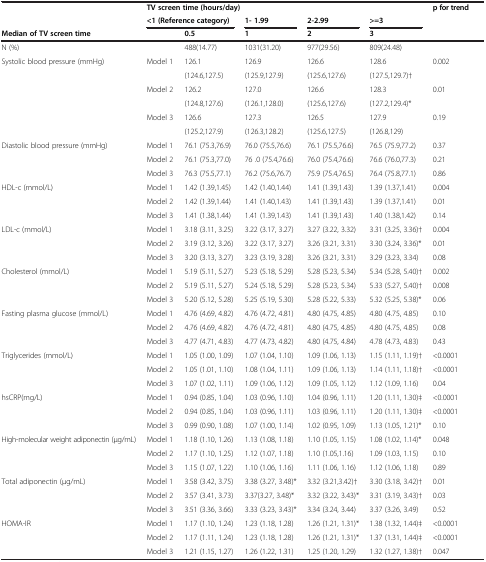
<table><thead><tr><td><b> </b></td><td colspan="2"><b>TV screen time (hours/day)</b></td><td><b> </b></td><td><b> </b></td><td><b> </b></td><td><b>p for trend</b></td></tr><tr><td><b> </b></td><td colspan="2"><b>&lt;1 (Reference category)</b></td><td><b>1- 1.99</b></td><td><b>2-2.99</b></td><td><b>&gt;=3</b></td><td><b> </b></td></tr><tr><td colspan="2"><b>Median of TV screen time</b></td><td><b>0.5</b></td><td><b>1</b></td><td><b>2</b></td><td><b>3</b></td><td><b> </b></td></tr></thead><tbody><tr><td>N (%)</td><td> </td><td>488(14.77)</td><td>1031(31.20)</td><td>977(29.56)</td><td>809(24.48)</td><td> </td></tr><tr><td>Systolic blood pressure (mmHg)</td><td>Model 1</td><td>126.1</td><td>126.9</td><td>126.6</td><td>128.6</td><td>0.002</td></tr><tr><td> </td><td> </td><td>(124.6,127.5)</td><td>(125.9,127.9)</td><td>(125.6,127.6)</td><td>(127.5,129.7)†</td><td> </td></tr><tr><td> </td><td>Model 2</td><td>126.2</td><td>127.0</td><td>126.6</td><td>128.3</td><td>0.01</td></tr><tr><td> </td><td> </td><td>(124.8,127.6)</td><td>(126.1,128.0)</td><td>(125.6,127.6)</td><td>(127.2,129.4)*</td><td> </td></tr><tr><td> </td><td>Model 3</td><td>126.6</td><td>127.3</td><td>126.5</td><td>127.9</td><td>0.19</td></tr><tr><td> </td><td> </td><td>(125.2,127.9)</td><td>(126.3,128.2)</td><td>(125.6,127.5)</td><td>(126.8,129)</td><td> </td></tr><tr><td>Diastolic blood pressure (mmHg)</td><td>Model 1</td><td>76.1 (75.3,76.9)</td><td>76.0 (75.5,76.6)</td><td>76.1 (75.5,76.6)</td><td>76.5 (75.9,77.2)</td><td>0.37</td></tr><tr><td> </td><td>Model 2</td><td>76.1 (75.3,77.0)</td><td>76 .0 (75.4,76.6)</td><td>76.0 (75.4,76.6)</td><td>76.6 (76.0,77.3)</td><td>0.21</td></tr><tr><td> </td><td>Model 3</td><td>76.3 (75.5,77.1)</td><td>76.2 (75.6,76.7)</td><td>75.9 (75.4,76.5)</td><td>76.4 (75.8,77.1)</td><td>0.86</td></tr><tr><td>HDL-c (mmol/L)</td><td>Model 1</td><td>1.42 (1.39,1.45)</td><td>1.42 (1.40,1.44)</td><td>1.41 (1.39,1.43)</td><td>1.39 (1.37,1.41)</td><td>0.004</td></tr><tr><td> </td><td>Model 2</td><td>1.42 (1.39,1.44)</td><td>1.41 (1.40,1.43)</td><td>1.41 (1.39,1.43)</td><td>1.39 (1.37,1.41)</td><td>0.01</td></tr><tr><td> </td><td>Model 3</td><td>1.41 (1.38,1.44)</td><td>1.41 (1.39,1.43)</td><td>1.41 (1.39,1.43)</td><td>1.40 (1.38,1.42)</td><td>0.14</td></tr><tr><td>LDL-c (mmol/L)</td><td>Model 1</td><td>3.18 (3.11, 3.25)</td><td>3.22 (3.17, 3.27)</td><td>3.27 (3.22, 3.32)</td><td>3.31 (3.25, 3.36)†</td><td>0.004</td></tr><tr><td> </td><td>Model 2</td><td>3.19 (3.12, 3.26)</td><td>3.22 (3.17, 3.27)</td><td>3.26 (3.21, 3.31)</td><td>3.30 (3.24, 3.36)*</td><td>0.01</td></tr><tr><td> </td><td>Model 3</td><td>3.20 (3.13, 3.27)</td><td>3.23 (3.19, 3.28)</td><td>3.26 (3.21, 3.31)</td><td>3.29 (3.23, 3.34)</td><td>0.08</td></tr><tr><td>Cholesterol (mmol/L)</td><td>Model 1</td><td>5.19 (5.11, 5.27)</td><td>5.23 (5.18, 5.29)</td><td>5.28 (5.23, 5.34)</td><td>5.34 (5.28, 5.40)†</td><td>0.002</td></tr><tr><td> </td><td>Model 2</td><td>5.19 (5.11, 5.27)</td><td>5.24 (5.18, 5.29)</td><td>5.28 (5.23, 5.34)</td><td>5.33 (5.27, 5.40)†</td><td>0.008</td></tr><tr><td> </td><td>Model 3</td><td>5.20 (5.12, 5.28)</td><td>5.25 (5.19, 5.30)</td><td>5.28 (5.22, 5.33)</td><td>5.32 (5.25, 5.38)*</td><td>0.06</td></tr><tr><td>Fasting plasma glucose (mmol/L)</td><td>Model 1</td><td>4.76 (4.69, 4.82)</td><td>4.76 (4.72, 4.81)</td><td>4.80 (4.75, 4.85)</td><td>4.80 (4.75, 4.85)</td><td>0.10</td></tr><tr><td> </td><td>Model 2</td><td>4.76 (4.69, 4.82)</td><td>4.76 (4.72, 4.81)</td><td>4.80 (4.75, 4.85)</td><td>4.80 (4.75, 4.85)</td><td>0.08</td></tr><tr><td> </td><td>Model 3</td><td>4.77 (4.71, 4.83)</td><td>4.77 (4.73, 4.82)</td><td>4.80 (4.75, 4.84)</td><td>4.78 (4.73, 4.83)</td><td>0.43</td></tr><tr><td>Triglycerides (mmol/L)</td><td>Model 1</td><td>1.05 (1.00, 1.09)</td><td>1.07 (1.04, 1.10)</td><td>1.09 (1.06, 1.13)</td><td>1.15 (1.11, 1.19)†</td><td>&lt;0.0001</td></tr><tr><td> </td><td>Model 2</td><td>1.05 (1.01, 1.10)</td><td>1.08 (1.04, 1.11)</td><td>1.09 (1.06, 1.13)</td><td>1.14 (1.11, 1.18)†</td><td>&lt;0.0001</td></tr><tr><td> </td><td>Model 3</td><td>1.07 (1.02, 1.11)</td><td>1.09 (1.06, 1.12)</td><td>1.09 (1.05, 1.12)</td><td>1.12 (1.09, 1.16)</td><td>0.04</td></tr><tr><td>hsCRP(mg/L)</td><td>Model 1</td><td>0.94 (0.85, 1.04)</td><td>1.03 (0.96, 1.10)</td><td>1.04 (0.96, 1.11)</td><td>1.20 (1.11, 1.30)‡</td><td>&lt;0.0001</td></tr><tr><td> </td><td>Model 2</td><td>0.94 (0.85, 1.04)</td><td>1.03 (0.96, 1.11)</td><td>1.03 (0.96, 1.11)</td><td>1.20 (1.11, 1.30)‡</td><td>&lt;0.0001</td></tr><tr><td> </td><td>Model 3</td><td>0.99 (0.90, 1.08)</td><td>1.07 (1.00, 1.14)</td><td>1.02 (0.95, 1.09)</td><td>1.13 (1.05, 1.21)*</td><td>0.10</td></tr><tr><td>High-molecular weight adiponectin (μg/mL)</td><td>Model 1</td><td>1.18 (1.10, 1.26)</td><td>1.13 (1.08, 1.18)</td><td>1.10 (1.05, 1.15)</td><td>1.08 (1.02, 1.14)*</td><td>0.048</td></tr><tr><td> </td><td>Model 2</td><td>1.17 (1.10, 1.25)</td><td>1.12 (1.07, 1.18)</td><td>1.10 (1.05,1.16)</td><td>1.09 (1.03, 1.15)</td><td>0.10</td></tr><tr><td> </td><td>Model 3</td><td>1.15 (1.07, 1.22)</td><td>1.10 (1.06, 1.16)</td><td>1.11 (1.06, 1.16)</td><td>1.12 (1.06, 1.18)</td><td>0.89</td></tr><tr><td>Total adiponectin (μg/mL)</td><td>Model 1</td><td>3.58 (3.42, 3.75)</td><td>3.38 (3.27, 3.48)*</td><td>3.32 (3.21,3.42)†</td><td>3.30 (3.18, 3.42)†</td><td>0.01</td></tr><tr><td> </td><td>Model 2</td><td>3.57 (3.41, 3.73)</td><td>3.37(3.27, 3.48)*</td><td>3.32 (3.22, 3.43)*</td><td>3.31 (3.19, 3.43)†</td><td>0.03</td></tr><tr><td> </td><td>Model 3</td><td>3.51 (3.36, 3.66)</td><td>3.33 (3.23, 3.43)*</td><td>3.34 (3.24, 3.44)</td><td>3.37 (3.26, 3.49)</td><td>0.52</td></tr><tr><td>HOMA-IR</td><td>Model 1</td><td>1.17 (1.10, 1.24)</td><td>1.23 (1.18, 1.28)</td><td>1.26 (1.21, 1.31)*</td><td>1.38 (1.32, 1.44)‡</td><td>&lt;0.0001</td></tr><tr><td> </td><td>Model 2</td><td>1.17 (1.11, 1.24)</td><td>1.23 (1.18, 1.28)</td><td>1.26 (1.21, 1.31)*</td><td>1.37 (1.31, 1.44)‡</td><td>&lt;0.0001</td></tr><tr><td> </td><td>Model 3</td><td>1.21 (1.15, 1.27)</td><td>1.26 (1.22, 1.31)</td><td>1.25 (1.20, 1.29)</td><td>1.32 (1.27, 1.38)†</td><td>0.047</td></tr></tbody></table>